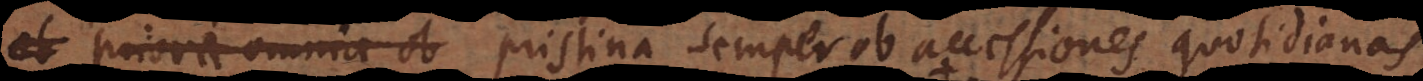
priora omnia ob pristina semper ob accessiones quotidianas